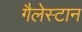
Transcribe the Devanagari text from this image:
गैलेस्टान